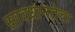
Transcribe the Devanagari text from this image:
सावधानतेचा